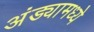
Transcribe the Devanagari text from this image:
अंड्यामध्ये